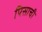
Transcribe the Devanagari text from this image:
पिसाची